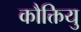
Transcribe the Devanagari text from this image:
कौक्तियु